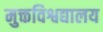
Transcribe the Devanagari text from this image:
मुक्तविश्वद्यालय